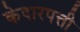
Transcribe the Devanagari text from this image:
केदारपत्ती